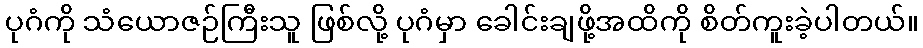
ပုဂံကို သံယောဇဉ်ကြီးသူ ဖြစ်လို့ ပုဂံမှာ ခေါင်းချဖို့အထိကို စိတ်ကူးခဲ့ပါတယ်။